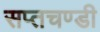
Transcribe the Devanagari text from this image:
सप्तचण्डी